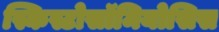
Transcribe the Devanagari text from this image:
स्किस्टोसॉमियोसिस